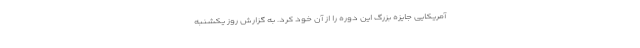
آمریکایی جایزه بزرگ این دوره را از آن خود کرد. به گزارش روز یکشنبه